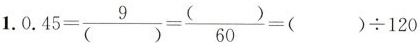
1. $$0.45= \frac{9}{()}= \frac{()}{60}=( ) \div 120$$